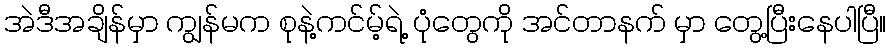
အဲဒီအချိန်မှာ ကျွန်မက စုနဲ့ကင်မ့်ရဲ့ ပုံတွေကို အင်တာနက် မှာ တွေ့ပြီးနေပါပြီ။